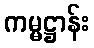
ကမ္မဋ္ဌာန်း